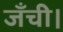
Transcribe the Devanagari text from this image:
जँची।